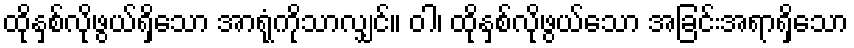
ထိုနှစ်လိုဖွယ်ရှိသော အာရုံကိုသာလျှင်။ ဝါ၊ ထိုနှစ်လိုဖွယ်သော အခြင်းအရာရှိသော